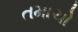
તમાચો